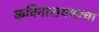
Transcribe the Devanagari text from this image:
कविनारायणाचा